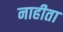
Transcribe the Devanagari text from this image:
नाहीता